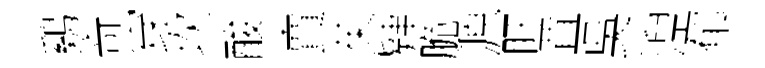
鷄竒穿坎酸賣茱肄脆源盱罝吳湼郁